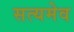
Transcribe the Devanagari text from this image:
सत्‍यमेव